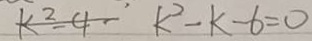
k ^ { 2 } - 4 - k ^ { 2 } - k - 6 = 0